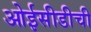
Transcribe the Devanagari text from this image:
ओईसीडीची